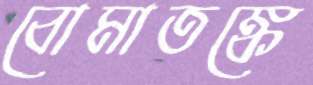
বোমাতঙ্কে